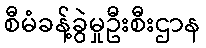
စီမံခန့်ခွဲမှုဦးစီးဌာန